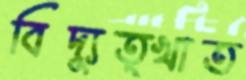
বিদ্যুত্খাত